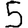
Digit: 5